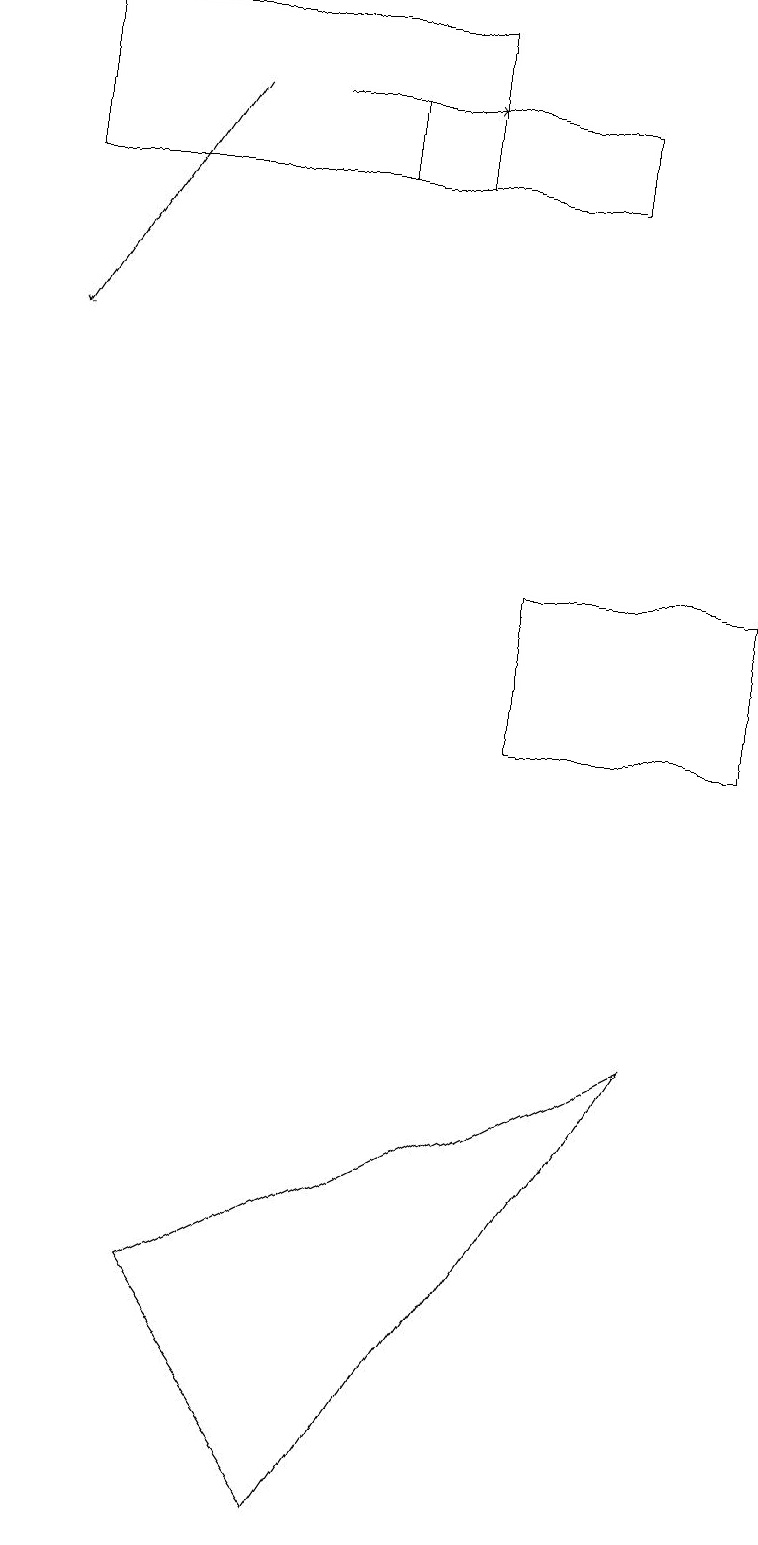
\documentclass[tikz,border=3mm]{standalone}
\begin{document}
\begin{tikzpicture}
\draw[->] (3,18) -- (5,18);
\draw (7,18) rectangle (4,17);
\draw (5,17) rectangle (0,19);
\draw (6,12) rectangle (9,10);
\draw (8,6) -- (2,3) -- (4,0) -- cycle;
\draw[->] (2,18) -- (0,15);
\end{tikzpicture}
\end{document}